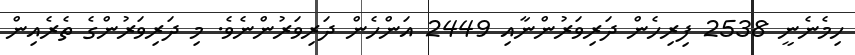
ހިމެނެނީ 2538 ފިރިހެން ދަރިވަރުންނާއި 2449 އަންހެން ދަރިވަރުންނެވެ. މި ދަރިވަރުންގެ ތެރެއިން